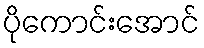
ပိုကောင်းအောင်